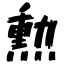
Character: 勲